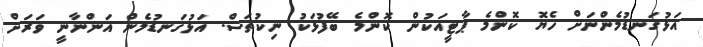
އަޅުގަނޑުމެންނަށް ހެޔޮ ކޮންމެ ޕާޓީއަކުން ކޮންމެ ބޭފުޅަކު ނިކުތަސް. އަޅުގަނޑުމެން އަންނާނީ ވަރަށް